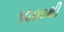
૧૨૦૦થી